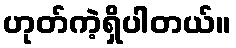
ဟုတ်ကဲ့ရှိပါတယ်။